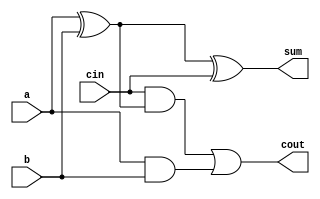

module fullAdder(sum, cout, a, b, cin);
    input a, b, cin;
    output sum, cout;
    wire s, a1, a2;

    xor xor1(s, a, b);
    xor xor2(sum, s, cin);
    and and1(a1, cin, s);
    and and2(a2, a, b);
    or or1(cout, a1, a2);
endmodule